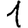
Digit: 1